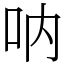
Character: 呐